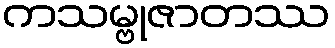
ကသမ္ဗုဇာတဿ